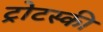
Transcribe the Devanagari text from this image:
ट्रोटस्की